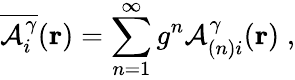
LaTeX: \overline{{{{\cal{A}}_{i}^{\gamma}}}}({\mathbf{r}})=\sum_{n=1}^{\infty}g^{n}{\cal{A}}_{(n)i}^{\gamma}({\mathbf{r}})\; ,